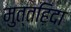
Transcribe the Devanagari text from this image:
मुत्तह़िदा